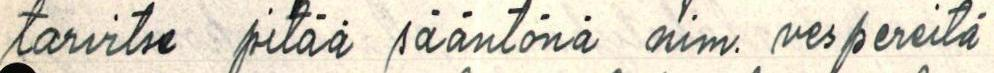
tarvitse pitää sääntönä nim. vespereitä